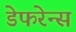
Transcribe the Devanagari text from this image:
डेफरेन्स